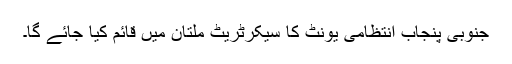
جنوبی پنجاب انتظامی یونٹ کا سیکرٹریٹ ملتان میں قائم کیا جائے گا۔